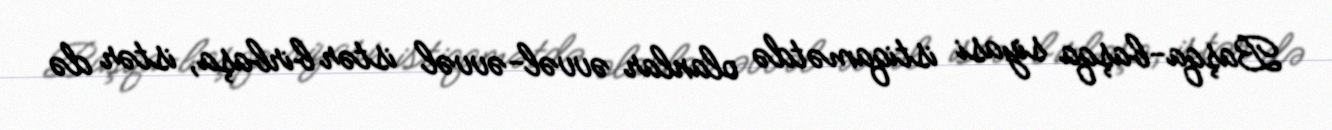
Başqa-başqa siyasi istiqamətdə olanlar əvvəl-əvvəl istər birbaşa, istər də